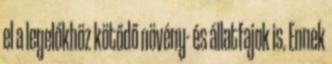
el a legelőkhöz kötődő növény- és állatfajok is. Ennek